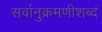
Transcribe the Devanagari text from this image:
सर्वानुक्रमणीशब्दं